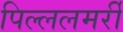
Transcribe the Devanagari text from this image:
पिल्ललमर्री